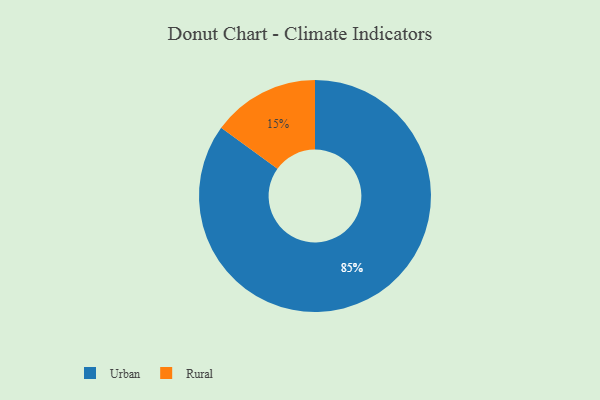
{"axis": {"x": "Category", "y": "Percentage"}, "legend": ["Rural", "Urban"], "data": [{"x": "Rural", "y": 15, "type": "Rural"}, {"x": "Urban", "y": 85, "type": "Urban"}]}